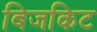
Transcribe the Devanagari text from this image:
बिजकिट